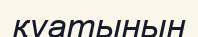
қуатынын